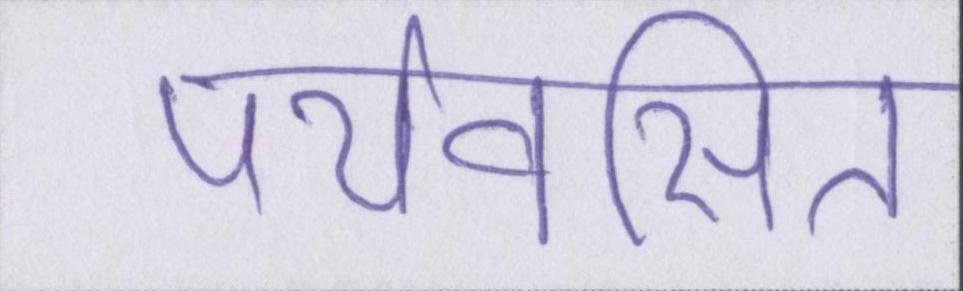
पर्यवसित